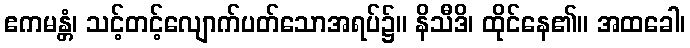
ဧကမန္တံ၊ သင့်တင့်လျောက်ပတ်သောအရပ်၌။ နိသီဒိ၊ ထိုင်နေ၏။ အထခေါ၊